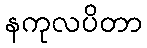
နကုလပိတာ